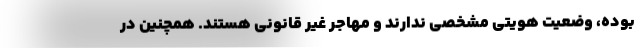
بوده، وضعیت هویتی مشخصی ندارند و مهاجر غیر قانونی هستند. همچنین در